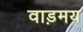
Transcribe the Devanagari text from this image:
वाड़मय